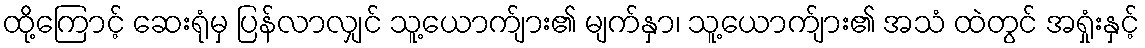
ထို့ကြောင့် ဆေးရုံမှ ပြန်လာလျှင် သူ့ယောက်ျား၏ မျက်နှာ၊ သူ့ယောက်ျား၏ အသံ ထဲတွင် အရှုံးနှင့်